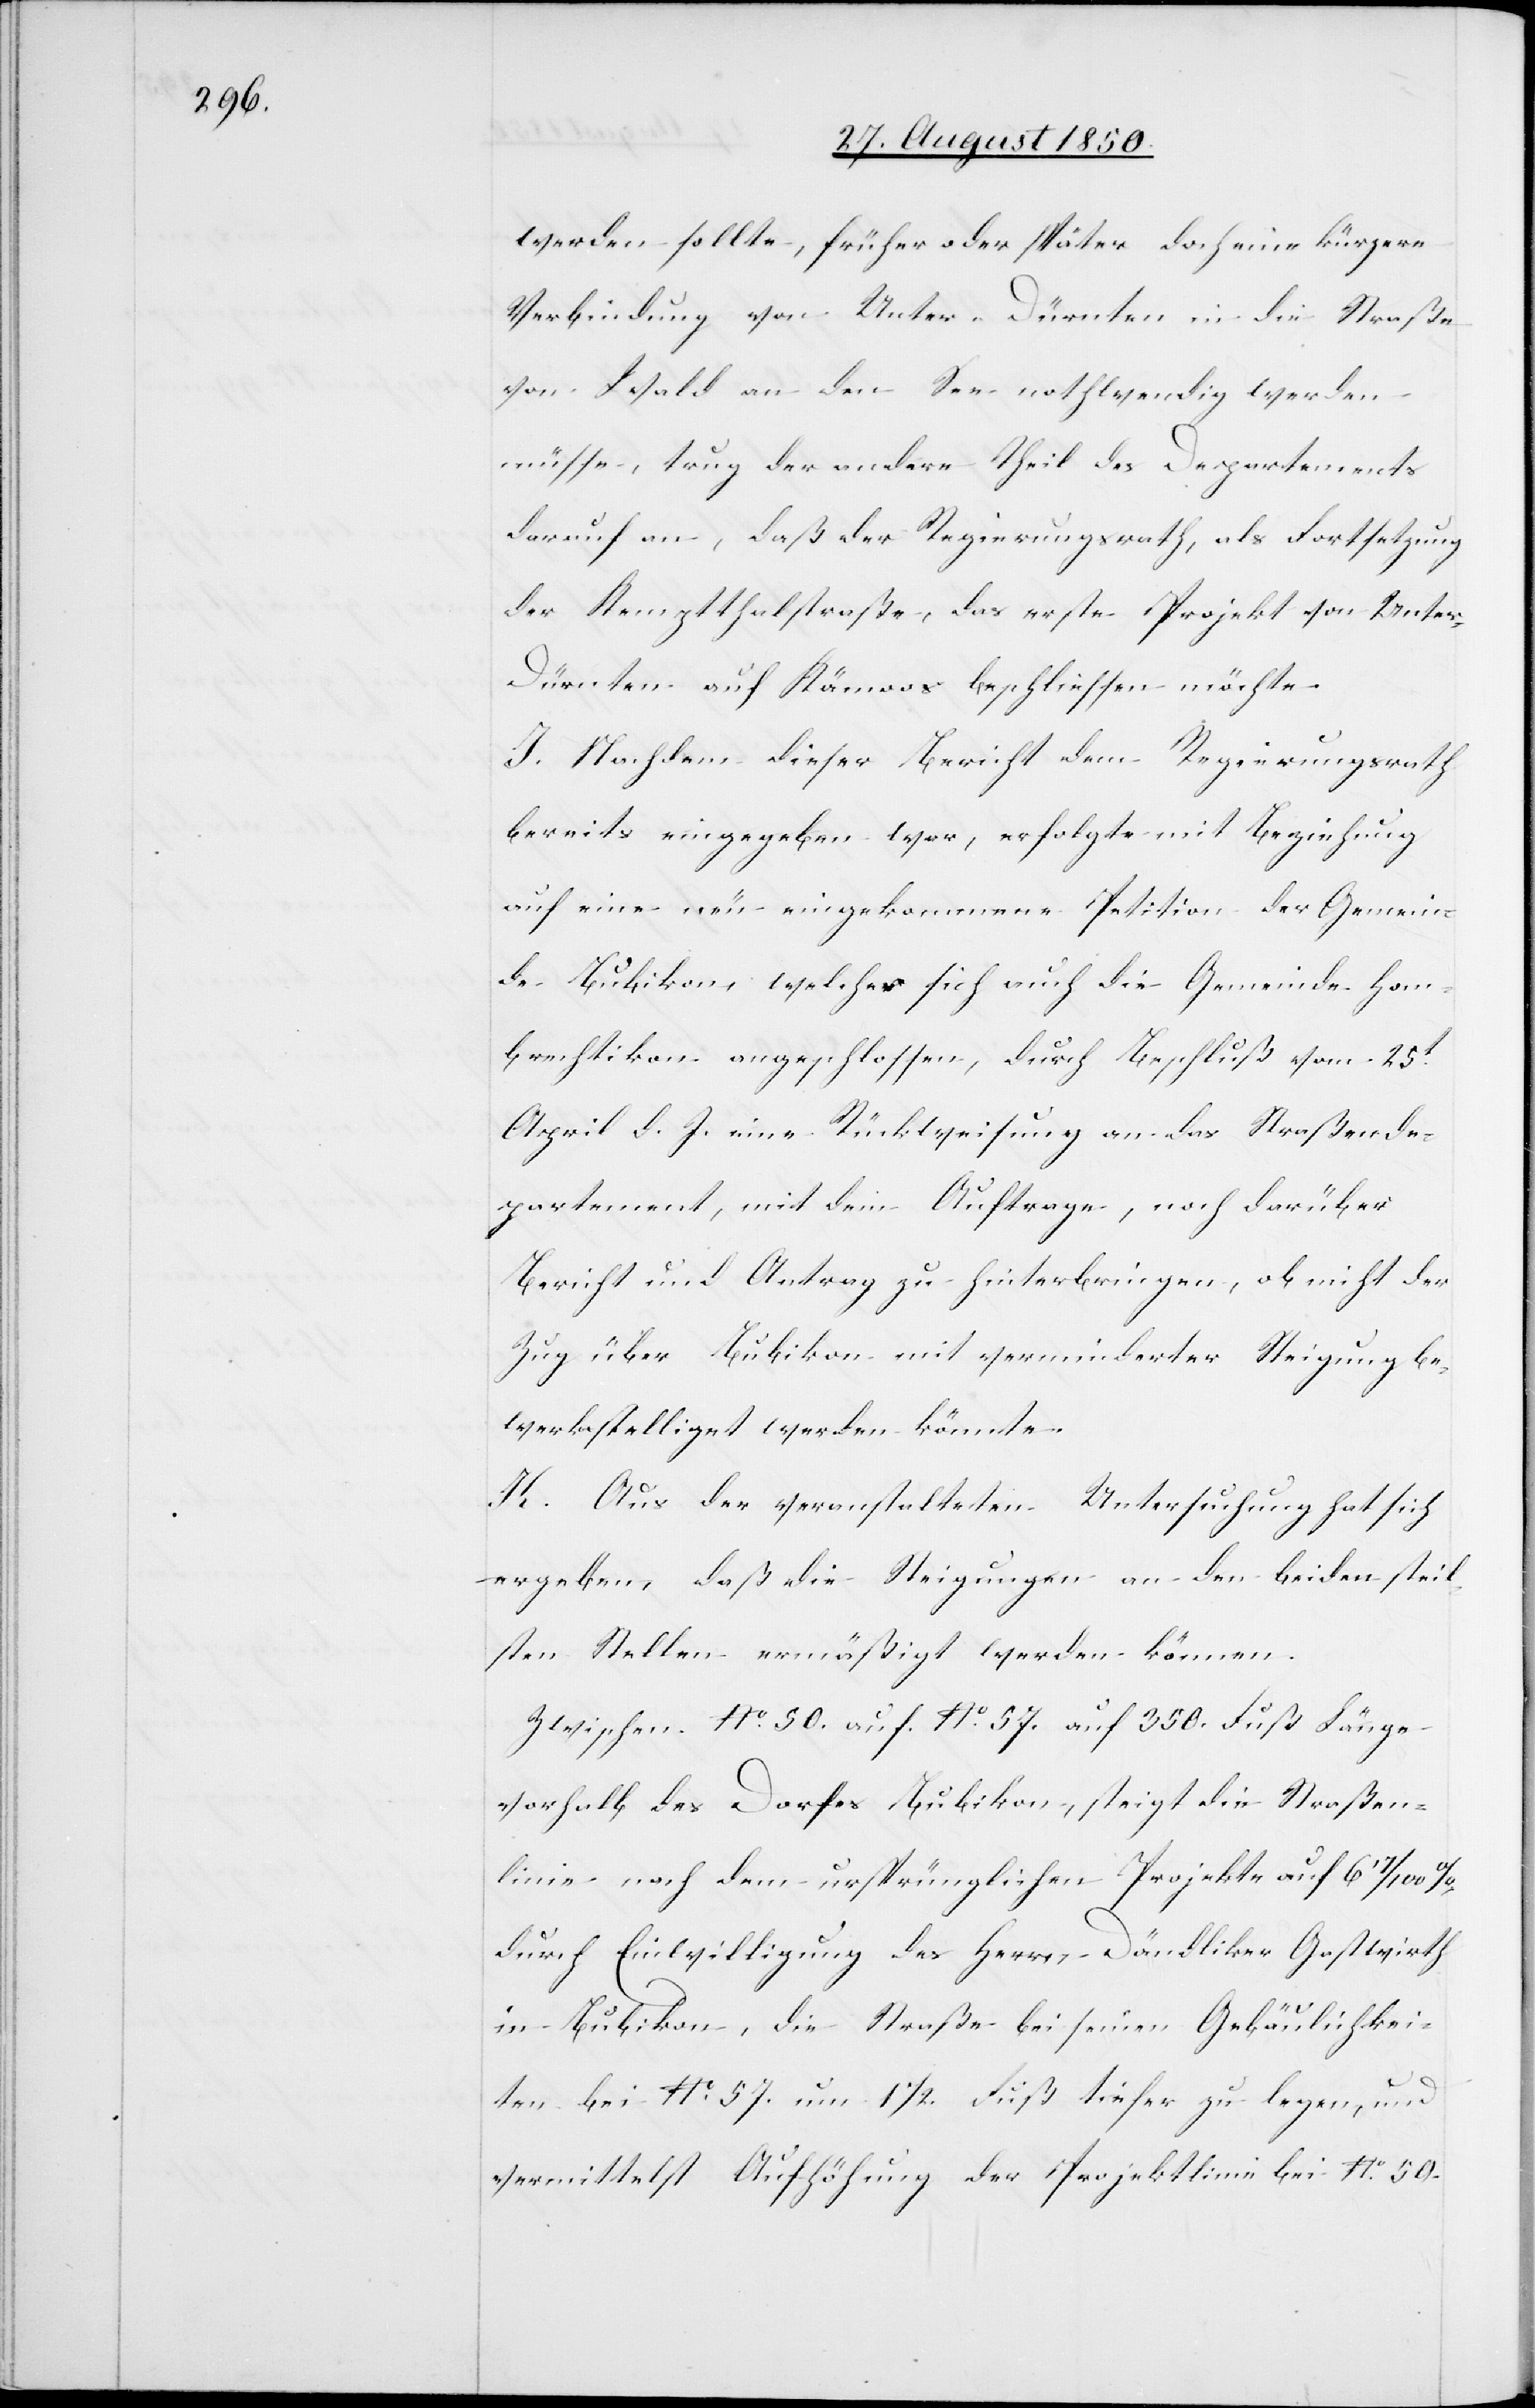
werden sollte, früher oder später doch eine kürzere
Verbindung von Unter-Dürnten in die Straße
von Wald an den See nothwendig werden
müsse, trug der andere Theil des Departements
darauf an, daß der Regierungsrath, als Fortsetzung
der Kemptthalstraße, das erste Projekt von Unte¬
r-Dürnten auf Kämoos beschliessen möchte.
J. Nachdem dieser Bericht dem Regierungsrath
bereits eingegeben war, erfolgte mit Beziehung
auf eine neu eingekommene Petition der Gemein¬
de Bubikon, welcher sich auch die Gemeinde Hom¬
brechtikon angeschlossen, durch Beschluß vom 25t
April d. J. eine Rückweisung an das Straßende¬
partement, mit dem Auftrage, noch darüber
Bericht und Antrag zu hinterbringen, ob nicht der
Zug über Bubikon mit verminderter Steigung be¬
werkstelliget werden könnte.
K. Aus der veranstalteten Untersuchung hat sich
ergeben, daß die Steigungen an den beiden steil¬
sten Stellen ermäßigt werden können.
Zwischen No. 50. auf No. 57. auf 350. Fuß Länge
vorhalb des Dorfes Bubikon, steigt die Straßen¬
linie nach dem ursprünglichen Projekte auf 6 17/100
durch Einwilligung des Herrn Dändliker Gastwirth
in Bubikon, die Straße bei seinen Gebäulichkei¬
ten bei No. 57. um 1 1/2. Fuß tiefer zu legen, und
vermittelst Aufhöhung der Projektlinie bei No. 50.